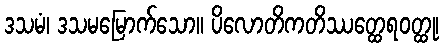
ဒသမံ၊ ဒသမမြောက်သော။ ပိလောတိကတိဿတ္ထေရဝတ္ထု၊